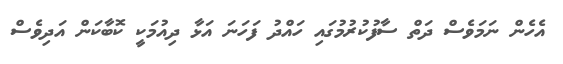
އެހެން ނަމަވެސް ދަތް ސާފުކުރުމުގައި ހައްދު ފަހަނަ އަޅާ ދިއުމަކީ ކޮބާކަން އަދިވެސް